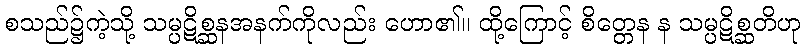
စသည်၌ကဲ့သို့ သမ္ပဋိစ္ဆနအနက်ကိုလည်း ဟော၏။ ထို့ကြောင့် စိတ္တေန န သမ္ပဋိစ္ဆတိဟု